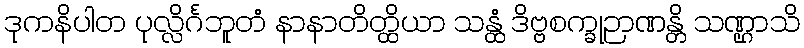
ဒုကနိပါတ ပုလ္လိင်္ဂဘူတံ နာနာတိတ္ထိယာ သန္ထံ ဒိဗ္ဗစက္ခုဉာဏန္တိ သဏ္ဌာသိ